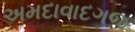
અમદાવાદગજ